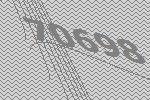
70698